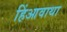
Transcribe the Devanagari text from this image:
हिंआवाथा